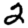
Digit: 2